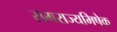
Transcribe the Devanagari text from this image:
रामराज्यमिषेक